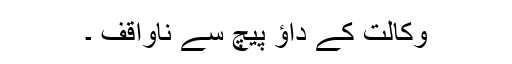
وکالت کے داؤ پیچ سے ناواقف ۔